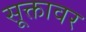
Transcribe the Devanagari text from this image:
सूक्तावर